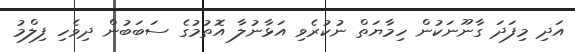
އަދި މިފަދަ ގާނޫނަކުން ހިމާޔަތް ނުކުރެވި އަޅާނުލާ އޮތުމުގެ ސަބަބުން ދިވެހި ފިލްމު